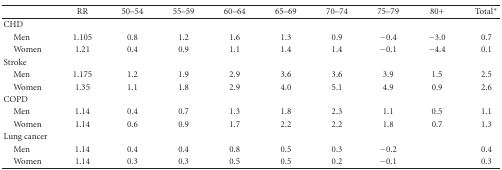
<table><thead><tr><td><b> </b></td><td><b>RR</b></td><td><b>50–54</b></td><td><b>55–59</b></td><td><b>60–64</b></td><td><b>65–69</b></td><td><b>70–74</b></td><td><b>75–79</b></td><td><b>80+</b></td><td><b>Total*</b></td></tr></thead><tbody><tr><td>CHD</td><td> </td><td> </td><td> </td><td> </td><td> </td><td> </td><td> </td><td> </td><td> </td></tr><tr><td> Men</td><td>1.105</td><td>0.8</td><td>1.2</td><td>1.6</td><td>1.3</td><td>0.9</td><td>−0.4</td><td>−3.0</td><td>0.7</td></tr><tr><td> Women</td><td>1.21</td><td>0.4</td><td>0.9</td><td>1.1</td><td>1.4</td><td>1.4</td><td>−0.1</td><td>−4.4</td><td>0.1</td></tr><tr><td>Stroke</td><td> </td><td> </td><td> </td><td> </td><td> </td><td> </td><td> </td><td> </td><td> </td></tr><tr><td> Men</td><td>1.175</td><td>1.2</td><td>1.9</td><td>2.9</td><td>3.6</td><td>3.6</td><td>3.9</td><td>1.5</td><td>2.5</td></tr><tr><td> Women</td><td>1.35</td><td>1.1</td><td>1.8</td><td>2.9</td><td>4.0</td><td>5.1</td><td>4.9</td><td>0.9</td><td>2.6</td></tr><tr><td>COPD</td><td> </td><td> </td><td> </td><td> </td><td> </td><td> </td><td> </td><td> </td><td> </td></tr><tr><td> Men</td><td>1.14</td><td>0.4</td><td>0.7</td><td>1.3</td><td>1.8</td><td>2.3</td><td>1.1</td><td>0.5</td><td>1.1</td></tr><tr><td> Women</td><td>1.14</td><td>0.6</td><td>0.9</td><td>1.7</td><td>2.2</td><td>2.2</td><td>1.8</td><td>0.7</td><td>1.3</td></tr><tr><td>Lung cancer</td><td> </td><td> </td><td> </td><td> </td><td> </td><td> </td><td> </td><td> </td><td> </td></tr><tr><td> Men</td><td>1.14</td><td>0.4</td><td>0.4</td><td>0.8</td><td>0.5</td><td>0.3</td><td>−0.2</td><td> </td><td>0.4</td></tr><tr><td> Women</td><td>1.14</td><td>0.3</td><td>0.3</td><td>0.5</td><td>0.5</td><td>0.2</td><td>−0.1</td><td> </td><td>0.3</td></tr></tbody></table>